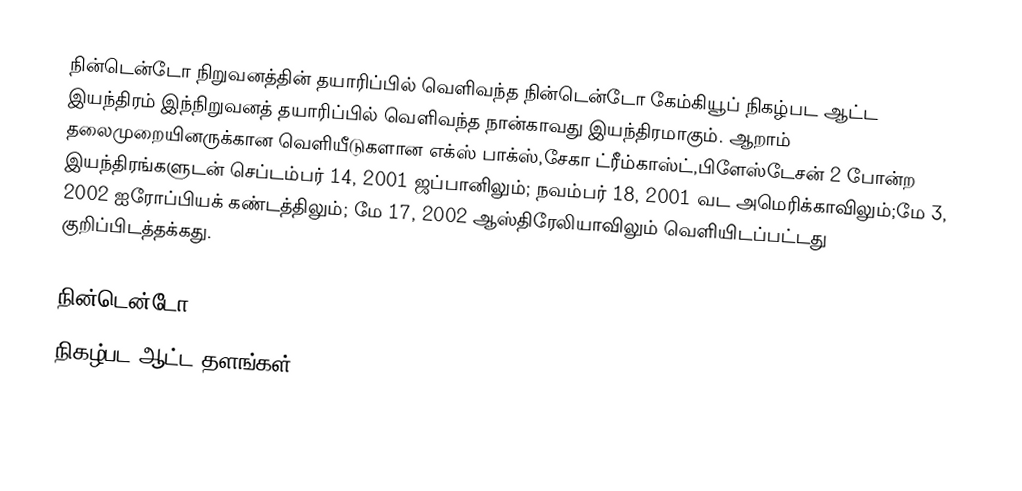
நின்டென்டோ நிறுவனத்தின் தயாரிப்பில் வெளிவந்த நின்டென்டோ கேம்கியூப் நிகழ்பட ஆட்ட இயந்திரம் இந்நிறுவனத் தயாரிப்பில் வெளிவந்த நான்காவது இயந்திரமாகும். ஆறாம் தலைமுறையினருக்கான வெளியீடுகளான எக்ஸ் பாக்ஸ்,சேகா ட்ரீம்காஸ்ட்,பிளேஸ்டேசன் 2 போன்ற இயந்திரங்களுடன் செப்டம்பர் 14, 2001 ஜப்பானிலும்; நவம்பர் 18, 2001 வட அமெரிக்காவிலும்;மே 3, 2002 ஐரோப்பியக் கண்டத்திலும்; மே 17, 2002 ஆஸ்திரேலியாவிலும் வெளியிடப்பட்டது குறிப்பிடத்தக்கது.

நின்டென்டோ
நிகழ்பட ஆட்ட தளங்கள்